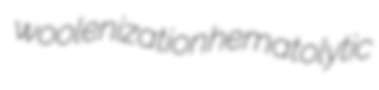
woolenization hematolytic